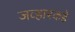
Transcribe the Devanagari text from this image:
जव्हारकडे